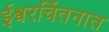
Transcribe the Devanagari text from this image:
ईश्वरचिंतनात